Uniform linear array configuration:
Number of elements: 48
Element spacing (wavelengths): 0.5
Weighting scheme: cosine
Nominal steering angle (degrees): -30
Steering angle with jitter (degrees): -28.64
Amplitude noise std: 0.05
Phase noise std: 0.05

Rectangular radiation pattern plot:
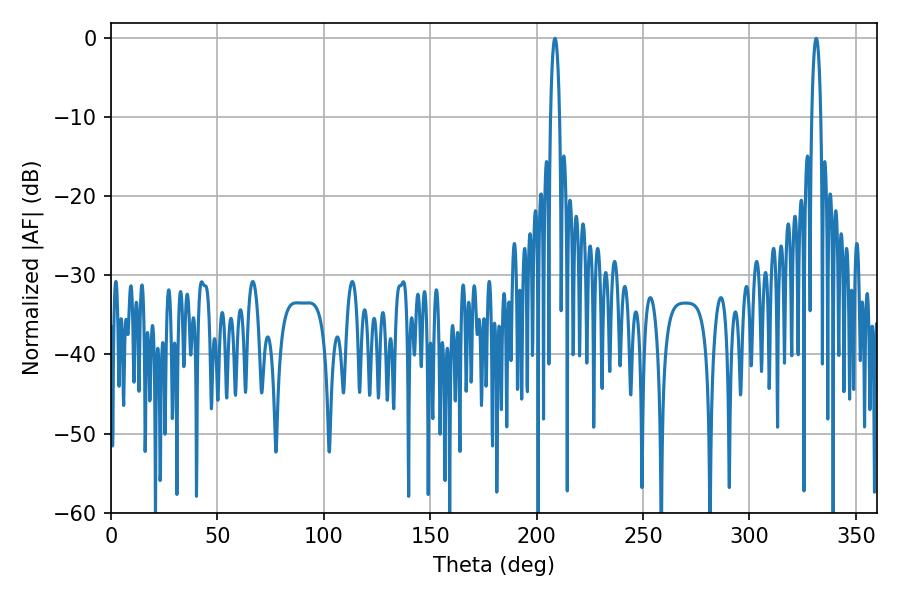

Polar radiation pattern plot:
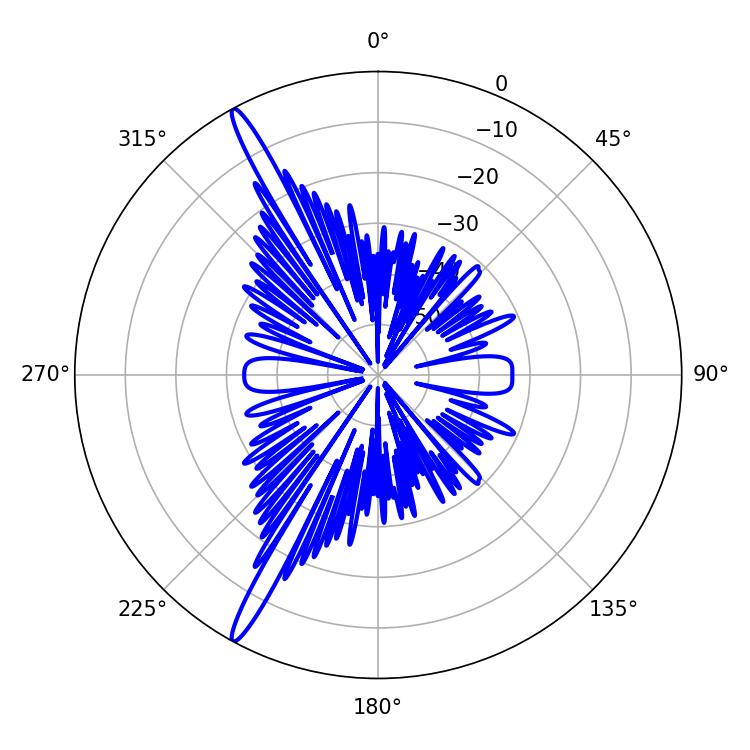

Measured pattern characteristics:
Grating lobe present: FALSE
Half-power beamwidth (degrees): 2.52
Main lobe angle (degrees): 208.62